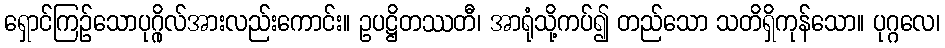
ရှောင်ကြဉ်သောပုဂ္ဂိုလ်အားလည်းကောင်း။ ဥပဋ္ဌိတဿတီ၊ အာရုံသို့ကပ်၍ တည်သော သတိရှိကုန်သော။ ပုဂ္ဂလေ၊